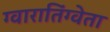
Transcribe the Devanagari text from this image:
ग्वारातिंग्वेता